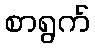
စာရွက်